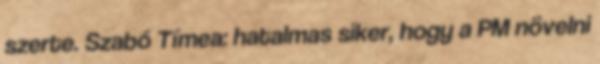
szerte. Szabó Tímea: hatalmas siker, hogy a PM növelni